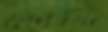
কোফি